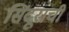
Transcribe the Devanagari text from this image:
सिंदूराची